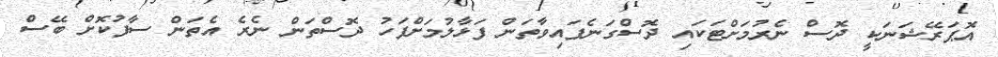
އޮޕަރޭޝަނަކީ ދޮސް ނެރުމަށްޓަކައި ދޮސްގަނެފައިވާތަން ފަޅާލުމަށްފަހު ދޮސްތަން ނެރެ އެތަން ސާފުކޮށް ބޭސް